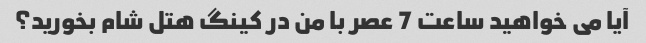
آیا می خواهید ساعت 7 عصر با من در کینگ هتل شام بخورید؟